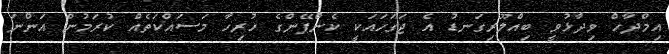
އިމްދާހް ވިދާޅުވީ ބިއްލޫރިގަނޑު އެ ޖަގަހައަކީ ކެންޕޭންގެ ހުރިހާ މަސައްކަތެއް ކުރަމުން އަންނަ